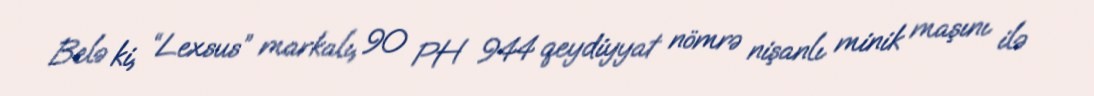
Belə ki, “Lexsus” markalı, 90 PH 944 qeydiyyat nömrə nişanlı minik maşını ilə